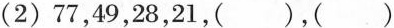
(2) 77，49，28，21，()，()